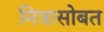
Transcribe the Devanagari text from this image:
मित्रासोबत